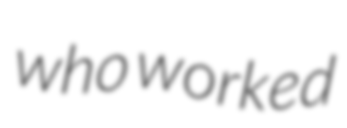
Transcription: who worked